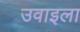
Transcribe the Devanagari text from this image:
उवाइला